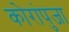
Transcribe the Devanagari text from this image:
कोरांपुजा